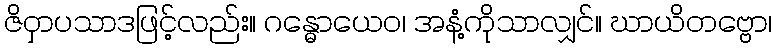
ဇိဝှာပသာဒဖြင့်လည်း။ ဂန္ဓောယေဝ၊ အနံ့ကိုသာလျှင်။ ဃာယိတဗ္ဗော၊